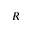
R